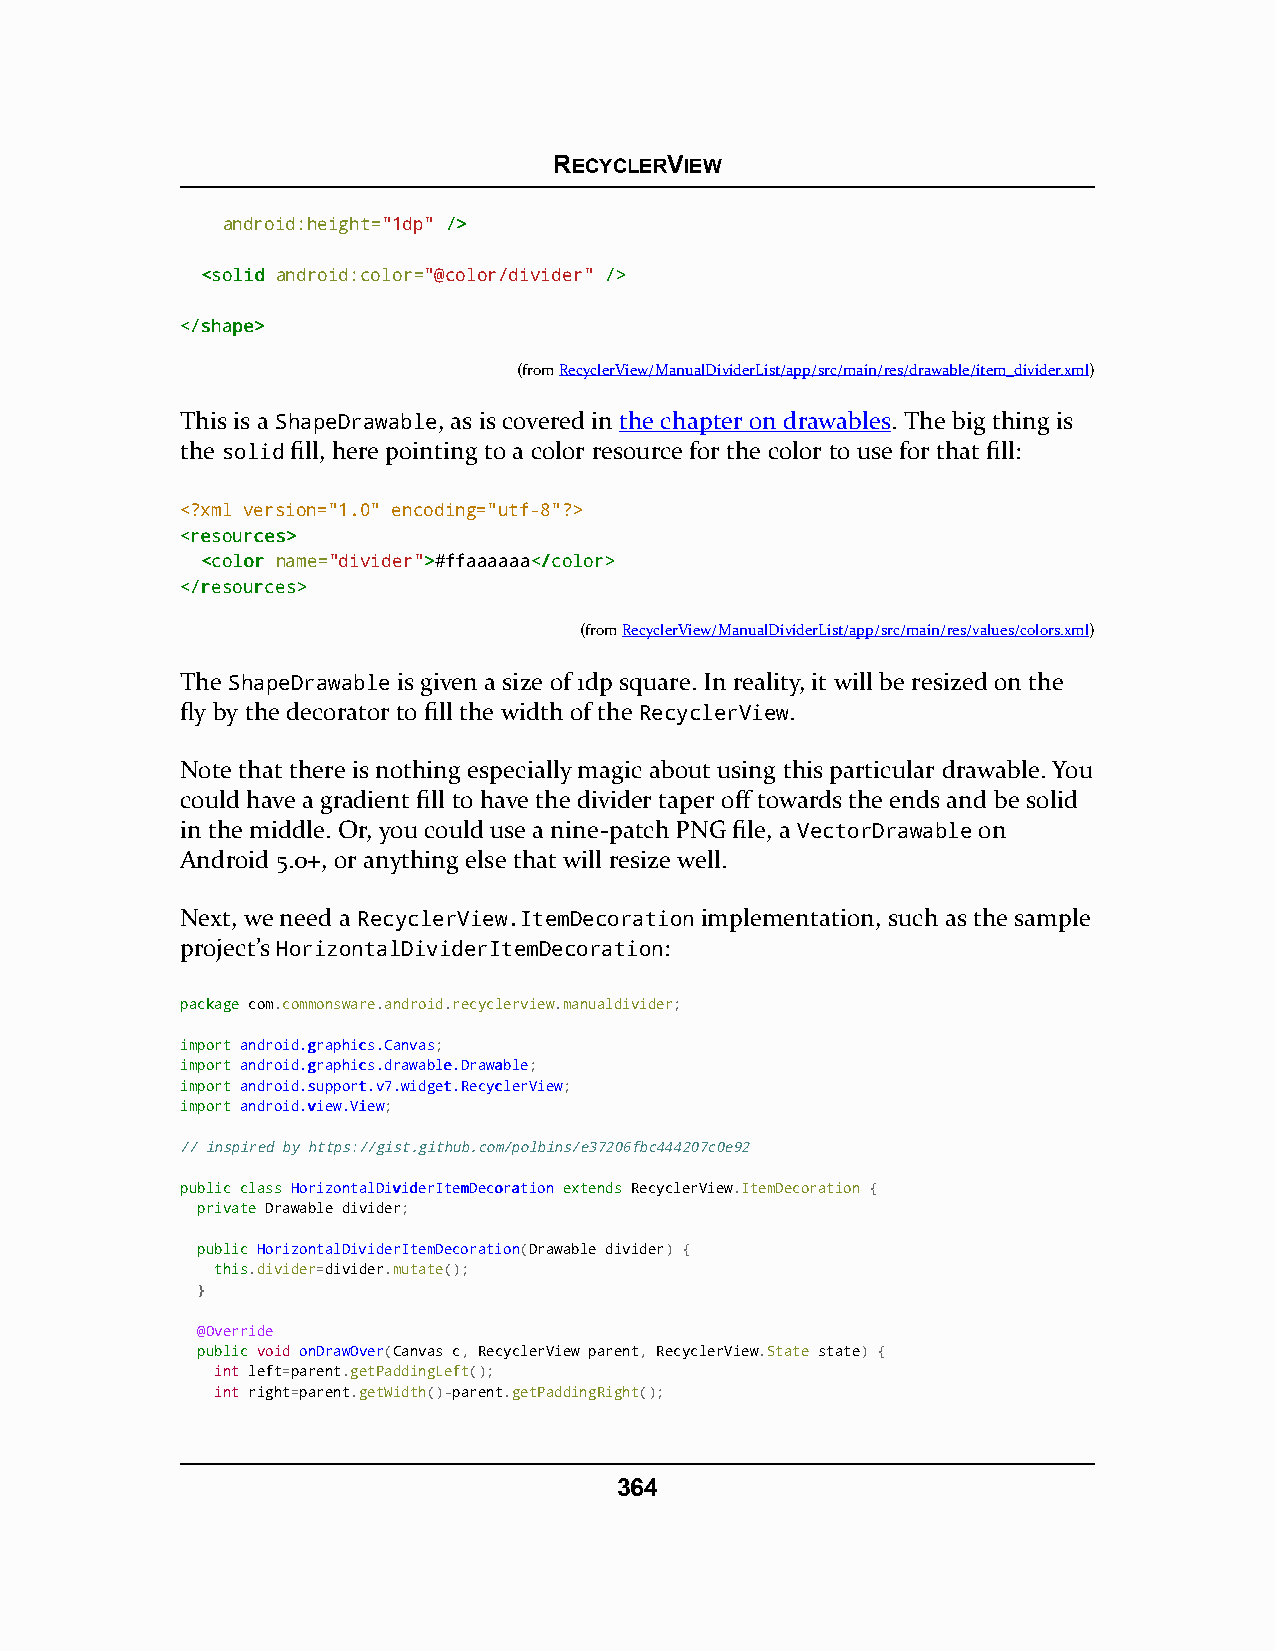
RECYCLERVIEW
 android:height="1dp" //>>
 <<ssoolliidd android:color="@color/divider" //>>
 <<//sshhaappee>>
 (fromRecyclerView/ManualDividerList/app/src/main/res/drawable/item_divider.xml)
 This is a ShapeDrawable, as is covered in the chapter on drawables. The big thing is
 the solid fill, here pointing to a color resource for the color to use for that fill:
 <?xml version="1.0" encoding="utf-8"?>
 <<rreessoouurrcceess>>
 <<ccoolloorr name="divider">>#ffaaaaaa<<//ccoolloorr>>
 <<//rreessoouurrcceess>>
 (fromRecyclerView/ManualDividerList/app/src/main/res/values/colors.xml)
 The ShapeDrawable is given a size of 1dp square. In reality, it will be resized on the
 fly by the decorator to fill the width of the RecyclerView.
 Note that there is nothing especially magic about using this particular drawable. You
 could have a gradient fill to have the divider taper off towards the ends and be solid
 in the middle. Or, you could use a nine-patch PNG file, a VectorDrawable on
 Android 5.0+, or anything else that will resize well.
 Next, we need a RecyclerView.ItemDecoration implementation, such as the sample
 project’s HorizontalDividerItemDecoration:
 ppaacckkaaggee com.commonsware.android.recyclerview.manualdivider;
 iimmppoorrtt aannddrrooiidd..ggrraapphhiiccss..CCaannvvaass;
 iimmppoorrtt aannddrrooiidd..ggrraapphhiiccss..ddrraawwaabbllee..DDrraawwaabbllee;
 iimmppoorrtt aannddrrooiidd..ssuuppppoorrtt..vv77..wwiiddggeett..RReeccyycclleerrVViieeww;
 iimmppoorrtt aannddrrooiidd..vviieeww..VViieeww;
 // inspired by https://gist.github.com/polbins/e37206fbc444207c0e92
 ppuubblliicc ccllaassss HHoorriizzoonnttaallDDiivviiddeerrIItteemmDDeeccoorraattiioonn eexxtteennddss RecyclerView.ItemDecoration {
 pprriivvaattee Drawable divider;
 ppuubblliicc HorizontalDividerItemDecoration(Drawable divider) {
 tthhiiss.divider=divider.mutate();
 }
 @Override
 ppuubblliicc void onDrawOver(Canvas c, RecyclerView parent, RecyclerView.State state) {
 int left=parent.getPaddingLeft();
 int right=parent.getWidth()-parent.getPaddingRight();
 364